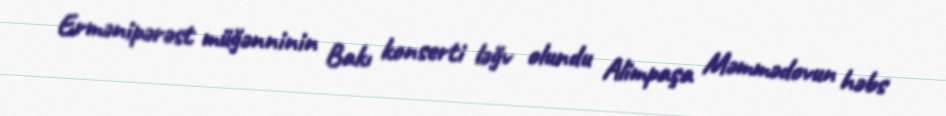
Ermənipərəst müğənninin Bakı konserti ləğv olundu Alimpaşa Məmmədovun həbs